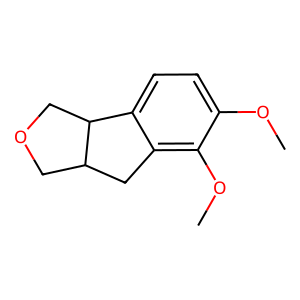
SMILES: COc1ccc2c(c1OC)CC1COCC21
Inhibits HIV replication: No